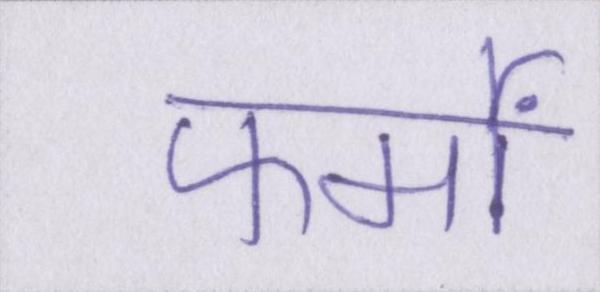
फर्मों